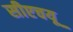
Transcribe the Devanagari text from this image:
सीएचयू